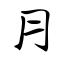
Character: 月